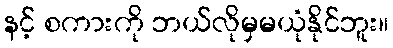
နင့် စကားကို ဘယ်လိုမှမယုံနိုင်ဘူး။